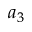
a _ { 3 }